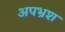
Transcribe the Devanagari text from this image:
अपभ्रश